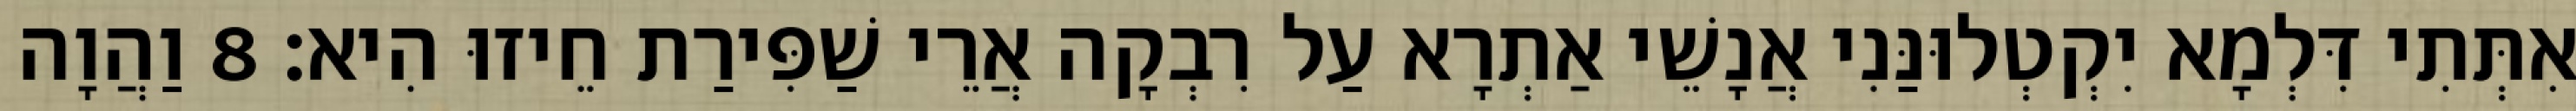
אִתְּתִי דִּלְמָא יִקְטְלוּנַּנִי אֲנָשֵׁי אַתְרָא עַל רִבְקָה אֲרֵי שַׁפִּירַת חֵיזוּ הִיא׃ 8 וַהֲוָה